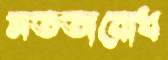
সততাবোধ